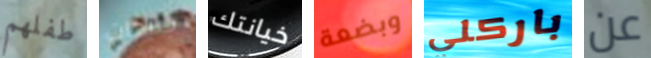
طفلهم جنيهات خيانتك وبضعة باركلي عن